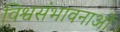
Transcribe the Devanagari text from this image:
विश्वसंभावनाओं